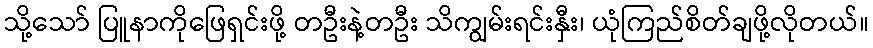
သို့သော် ပြူနာကိုဖြေရှင်းဖို့ တဦးနဲ့တဦး သိကျွမ်းရင်းနှီး၊ ယုံကြည်စိတ်ချဖို့လိုတယ်။